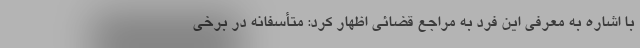
با اشاره به معرفی این فرد به مراجع قضائی اظهار کرد: متأسفانه در برخی